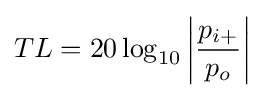
TL=20\log _{10}\left\vert {p_{i+} \over p_{o}}\right\vert